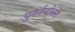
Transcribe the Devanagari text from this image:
पुनर्नन्दोत्तरा